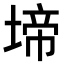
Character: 𭏅